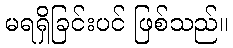
မရရှိခြင်းပင် ဖြစ်သည်။